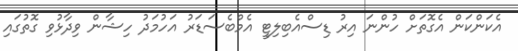
އެކަންކަން އެގޮތަށް ހުންނަ އިރު ޑިސްއެބިލިޓީ އެމްބެސަޑަރު އަހުމަދު ހިޝާން ވިދާޅުވި ގޮތުގައި